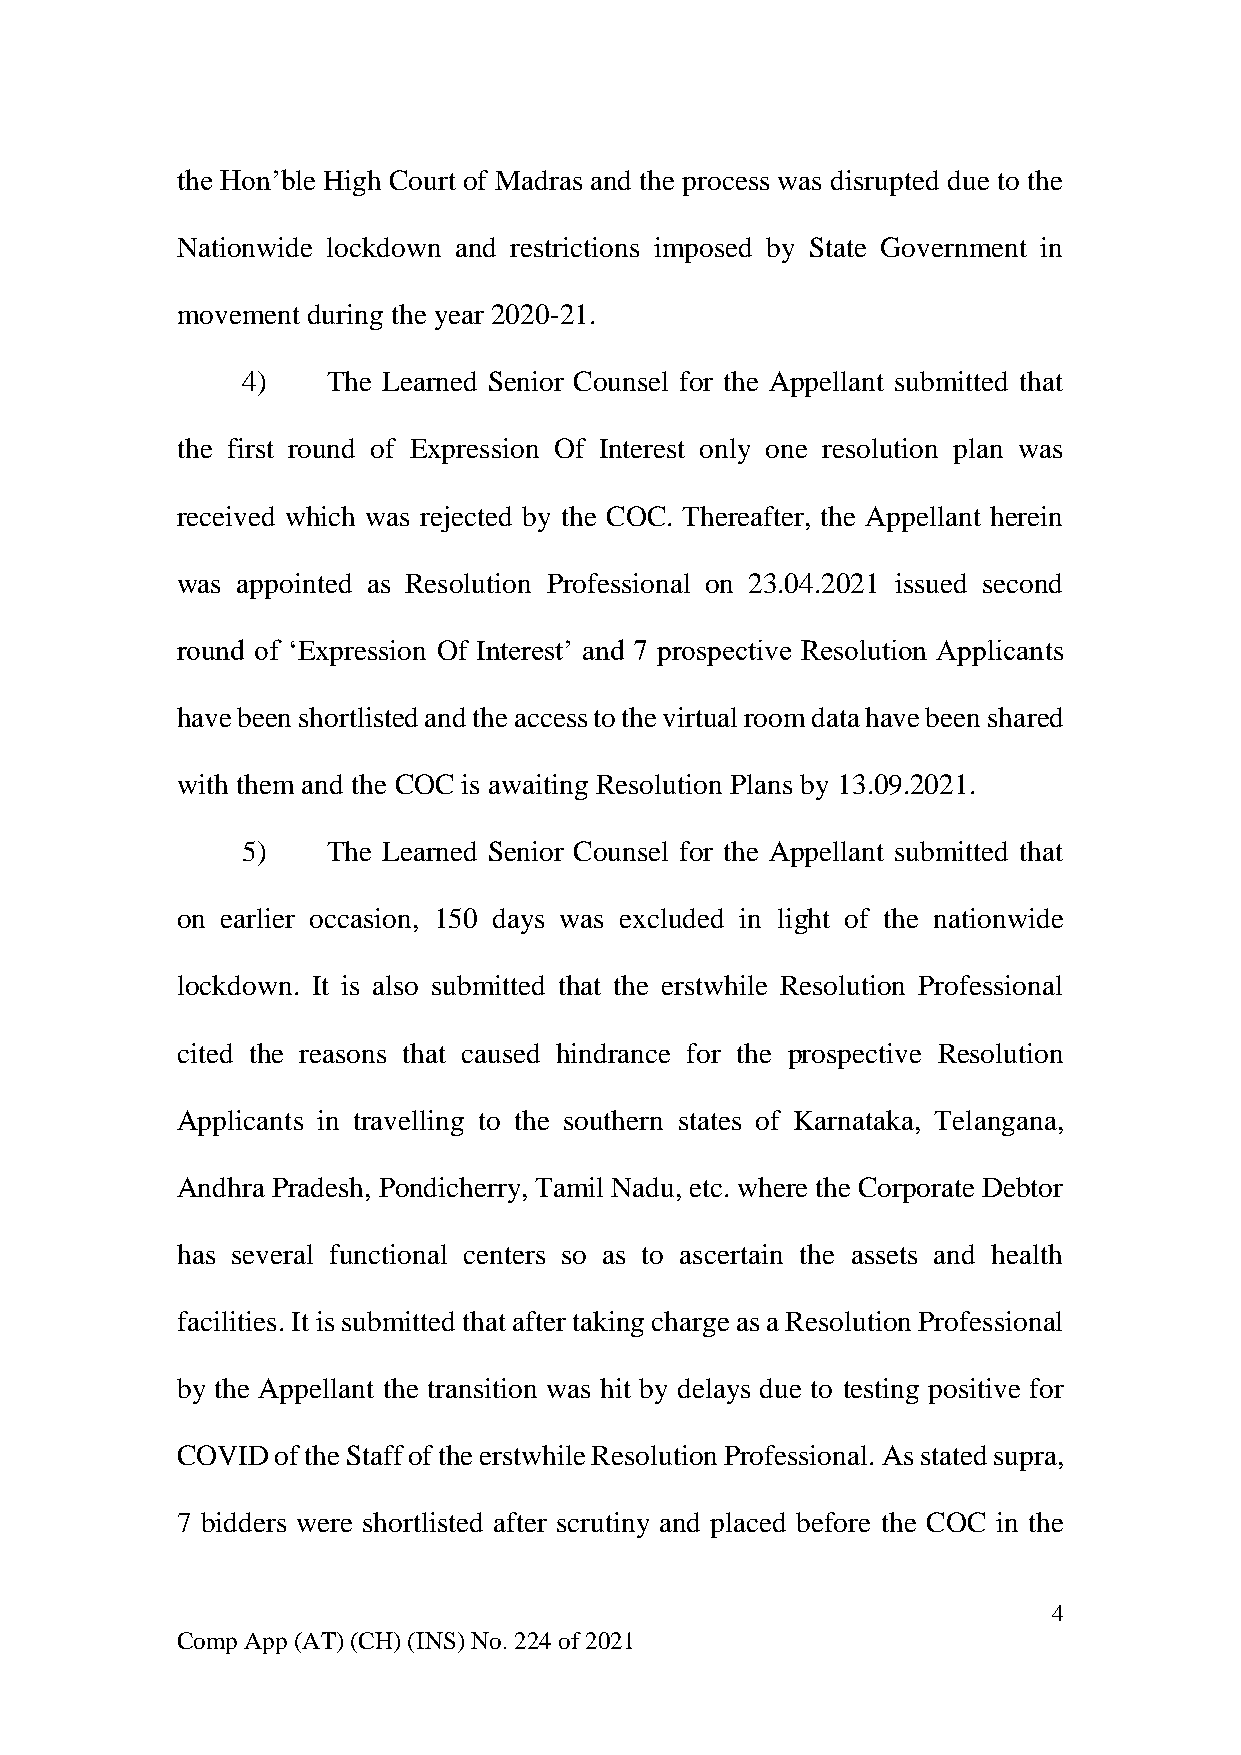
the Hon’ble High Court of Madras and the process was disrupted due to the
 Nationwide lockdown and restrictions imposed by State Government in
 movement during the year 2020-21.
 4)    The Learned Senior Counsel for the Appellant submitted that
 the first round of Expression Of Interest only one resolution plan was
 received which was rejected by the COC. Thereafter, the Appellant herein
 was appointed as Resolution Professional on 23.04.2021 issued second
 round of ‘Expression Of Interest’ and 7 prospective Resolution Applicants
 have been shortlisted and the access to the virtual room data have been shared
 with them and the COC is awaiting Resolution Plans by 13.09.2021.
 5)    The Learned Senior Counsel for the Appellant submitted that
 on earlier occasion, 150 days was excluded in light of the nationwide
 lockdown. It is also submitted that the erstwhile Resolution Professional
 cited the reasons that caused hindrance for the prospective Resolution
 Applicants in travelling to the southern states of Karnataka, Telangana,
 Andhra Pradesh, Pondicherry, Tamil Nadu, etc. where the Corporate Debtor
 has several functional centers so as to ascertain the assets and health
 facilities. It is submitted that after taking charge as a Resolution Professional
 by the Appellant the transition was hit by delays due to testing positive for
 COVID of the Staff of the erstwhile Resolution Professional. As stated supra,
 7 bidders were shortlisted after scrutiny and placed before the COC in the
 4
 Comp App (AT) (CH) (INS) No. 224 of 2021